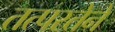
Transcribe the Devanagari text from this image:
तत्‍परतेने